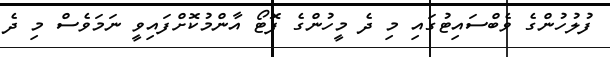
ފުލުހުންގެ ވެބްސައިޓުގައި މި ދެ މީހުންގެ ފޮޓޯ އާންމުކޮށްފައިވީ ނަމަވެސް މި ދެ